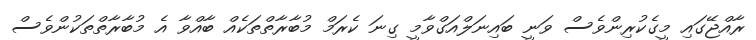
ރާއްޖޭގައި މީގެކުރިންވެސް ވަނީ ބައިނަލްއަގްވާމީ ގިނަ ކެރަމް މުބާރާތްތަކެއް ބާއްވާ އެ މުބާރާތްތަކުންވެސް